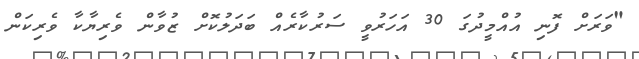
"ވަރަށް ފޮނި އުއްމީދުގަ 30 އަހަރުވީ ސަރުކާރެއް ބަދަލުކޮށް ޒުވާން ވެރިޔާކާ ވެރިކަން